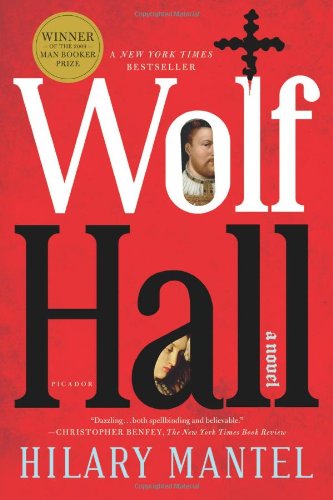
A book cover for Wolf Hall; Hilary Mantel; Parenting & Relationships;